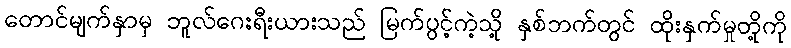
တောင်မျက်နှာမှ ဘူလ်ဂေးရီးယားသည် မြက်ပွင့်ကဲ့သို့ နှစ်ဘက်တွင် ထိုးနှက်မှုတို့ကို